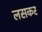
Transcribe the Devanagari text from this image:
लसकर